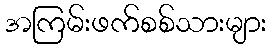
အကြမ်းဖက်စစ်သားများ